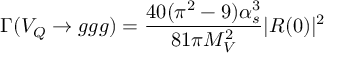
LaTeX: \Gamma ( V _ { Q } \rightarrow g g g ) = \frac { 4 0 ( \pi ^ { 2 } - 9 ) \alpha _ { s } ^ { 3 } } { 8 1 \pi M _ { V } ^ { 2 } } | R ( 0 ) | ^ { 2 }